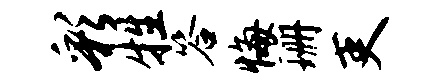
彩牲答悔珊吏